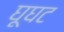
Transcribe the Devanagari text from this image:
घूघट